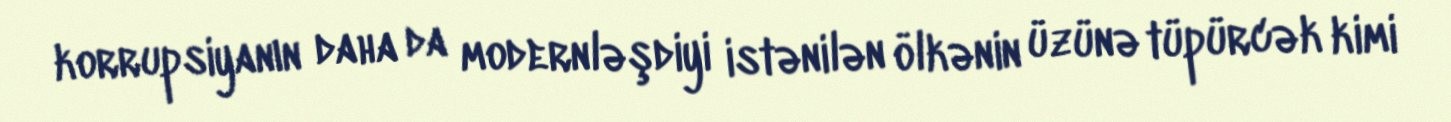
korrupsiyanın daha da modernləşdiyi istənilən ölkənin üzünə tüpürcək kimi